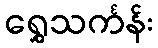
ရွှေသင်္ကန်း